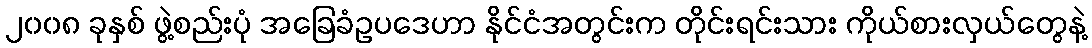
၂၀၀၈ ခုနှစ် ဖွဲ့စည်းပုံ အခြေခံဥပဒေဟာ နိုင်ငံအတွင်းက တိုင်းရင်းသား ကိုယ်စားလှယ်တွေနဲ့